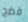
فضح